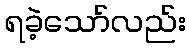
ရခဲ့သော်လည်း